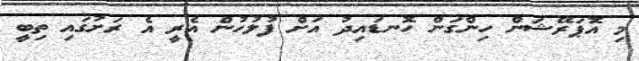
މި އޮޕަރޭޝަން ހިންގަން ހޮނޑައިދު އަށް ފުލުހުން އެރީ އެ ރަށުގައި ތިބީ